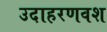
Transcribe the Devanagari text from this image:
उदाहरणवश